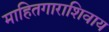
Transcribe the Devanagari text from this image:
माहितगाराशिवाय